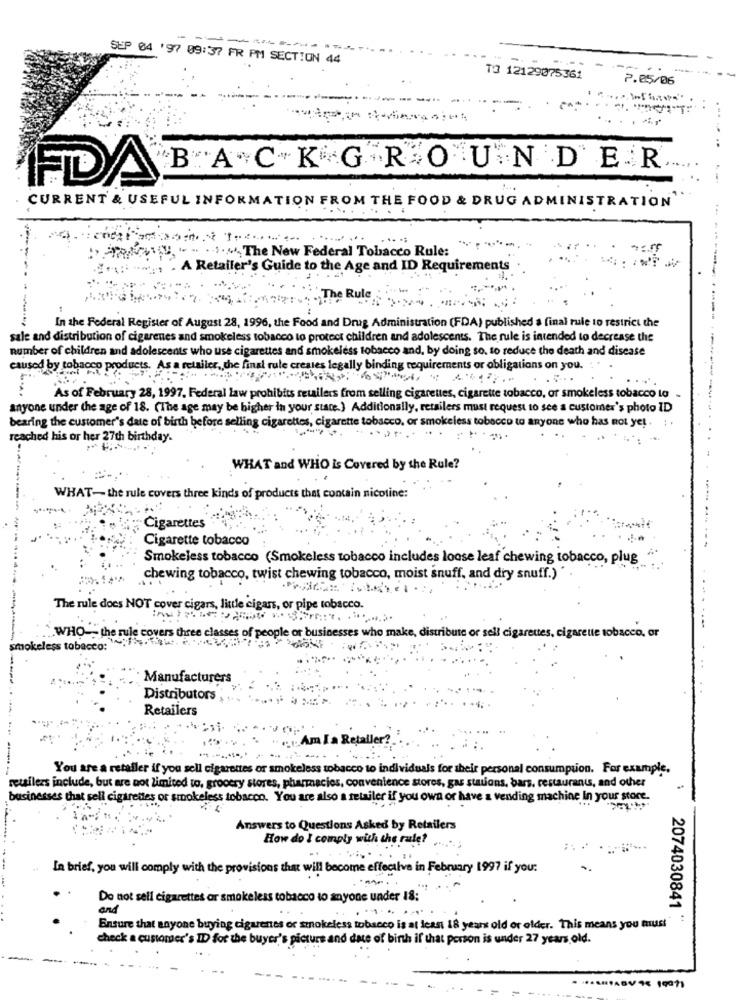
- --
--------
SEP 04 '97 09:37 FR PM SECTION 44
T3 12129075361
2.05/06
BACKGROUNDER
FDA
CURRENT & USEFUL INFORMATION FROM THE FOOD & DRUG ADMINISTRATION
PAN, "- . The New Federal Tobacco Rule:
A Retailer's Guide to the Age and ID Requirements
The Rule
In the Federal Register of August 28, 1996, the Food and Drug Administration (FDA) published a final rule to restrict the
sale and distribution of cigarenes and smokeless tobacco to protect children and adolescents. The rule is intended to decrease the
number of children and adolescents who use cigarettes and smokeless tobacco and, by doing so. to reduce the death and disease
caused by tobacco products. As a retailer, the final rule creates legally binding requirements or obligations on you.
As of February 28, 1997. Federal law prohibits retailers from selling cigarettes, cigarette tobacco, or smokeless tobacco to
anyone under the age of 18. (The age may be higher in your state.) Additionally, retailers must request to see a customer's photo ID
bearing the customer's date of birth before selling cigarettes, cigarette tobacco, or smokeless tobacco to anyone who has not yet. :
reached his or her 27th birthday.
WHAT and WHO is Covered by the Rule?
WHAT- the rule covers three kinds of products that contain nicotine:
Cigarettes
Cigarette tobacco
Smokeless tobacco (Smokeless tobacco includes loose leaf chewing tobacco, plug
chewing tobacco, twist chewing tobacco, moist snuff, and dry snuff.)
The rule does NOT cover cigars, little cigars, or pipe tobacco.
WHO- the rule covers three classes of people or businesses who make, distribute or sell cigarettes, cigarette tobacco, or
smokeless tobacco:
---
Manufacturers
Distributors
Retailers
.1. Am I a Retailer?
You are a retailer if you sell cigarettes or smokeless tobacco to individuals for their personal consumption. For example.
retailers include, but are not limited to, grocery stores, pharmacies, convenience stores, gas stations, bars, restaurants, and other
businesses that sell cigarettes or smokeless tobacco. You are also a retailer if you own or have a vending machine in your score.
Answers to Questions Asked by Retailers
How do I comply with the rule?
In brief, you will comply with the provisions that will become effecilva in February 1997 if you:
Do not sell cigarettes or smokeless tobacco to anyone under 18:
and
2074030841
Ensure that anyone buying cigarenes or smokeless tobacco is at least 18 years old or older. This means you must
check a customer's ID for the buyer's picture and date of birth if that person is under 27 years old.